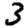
Digit: 3